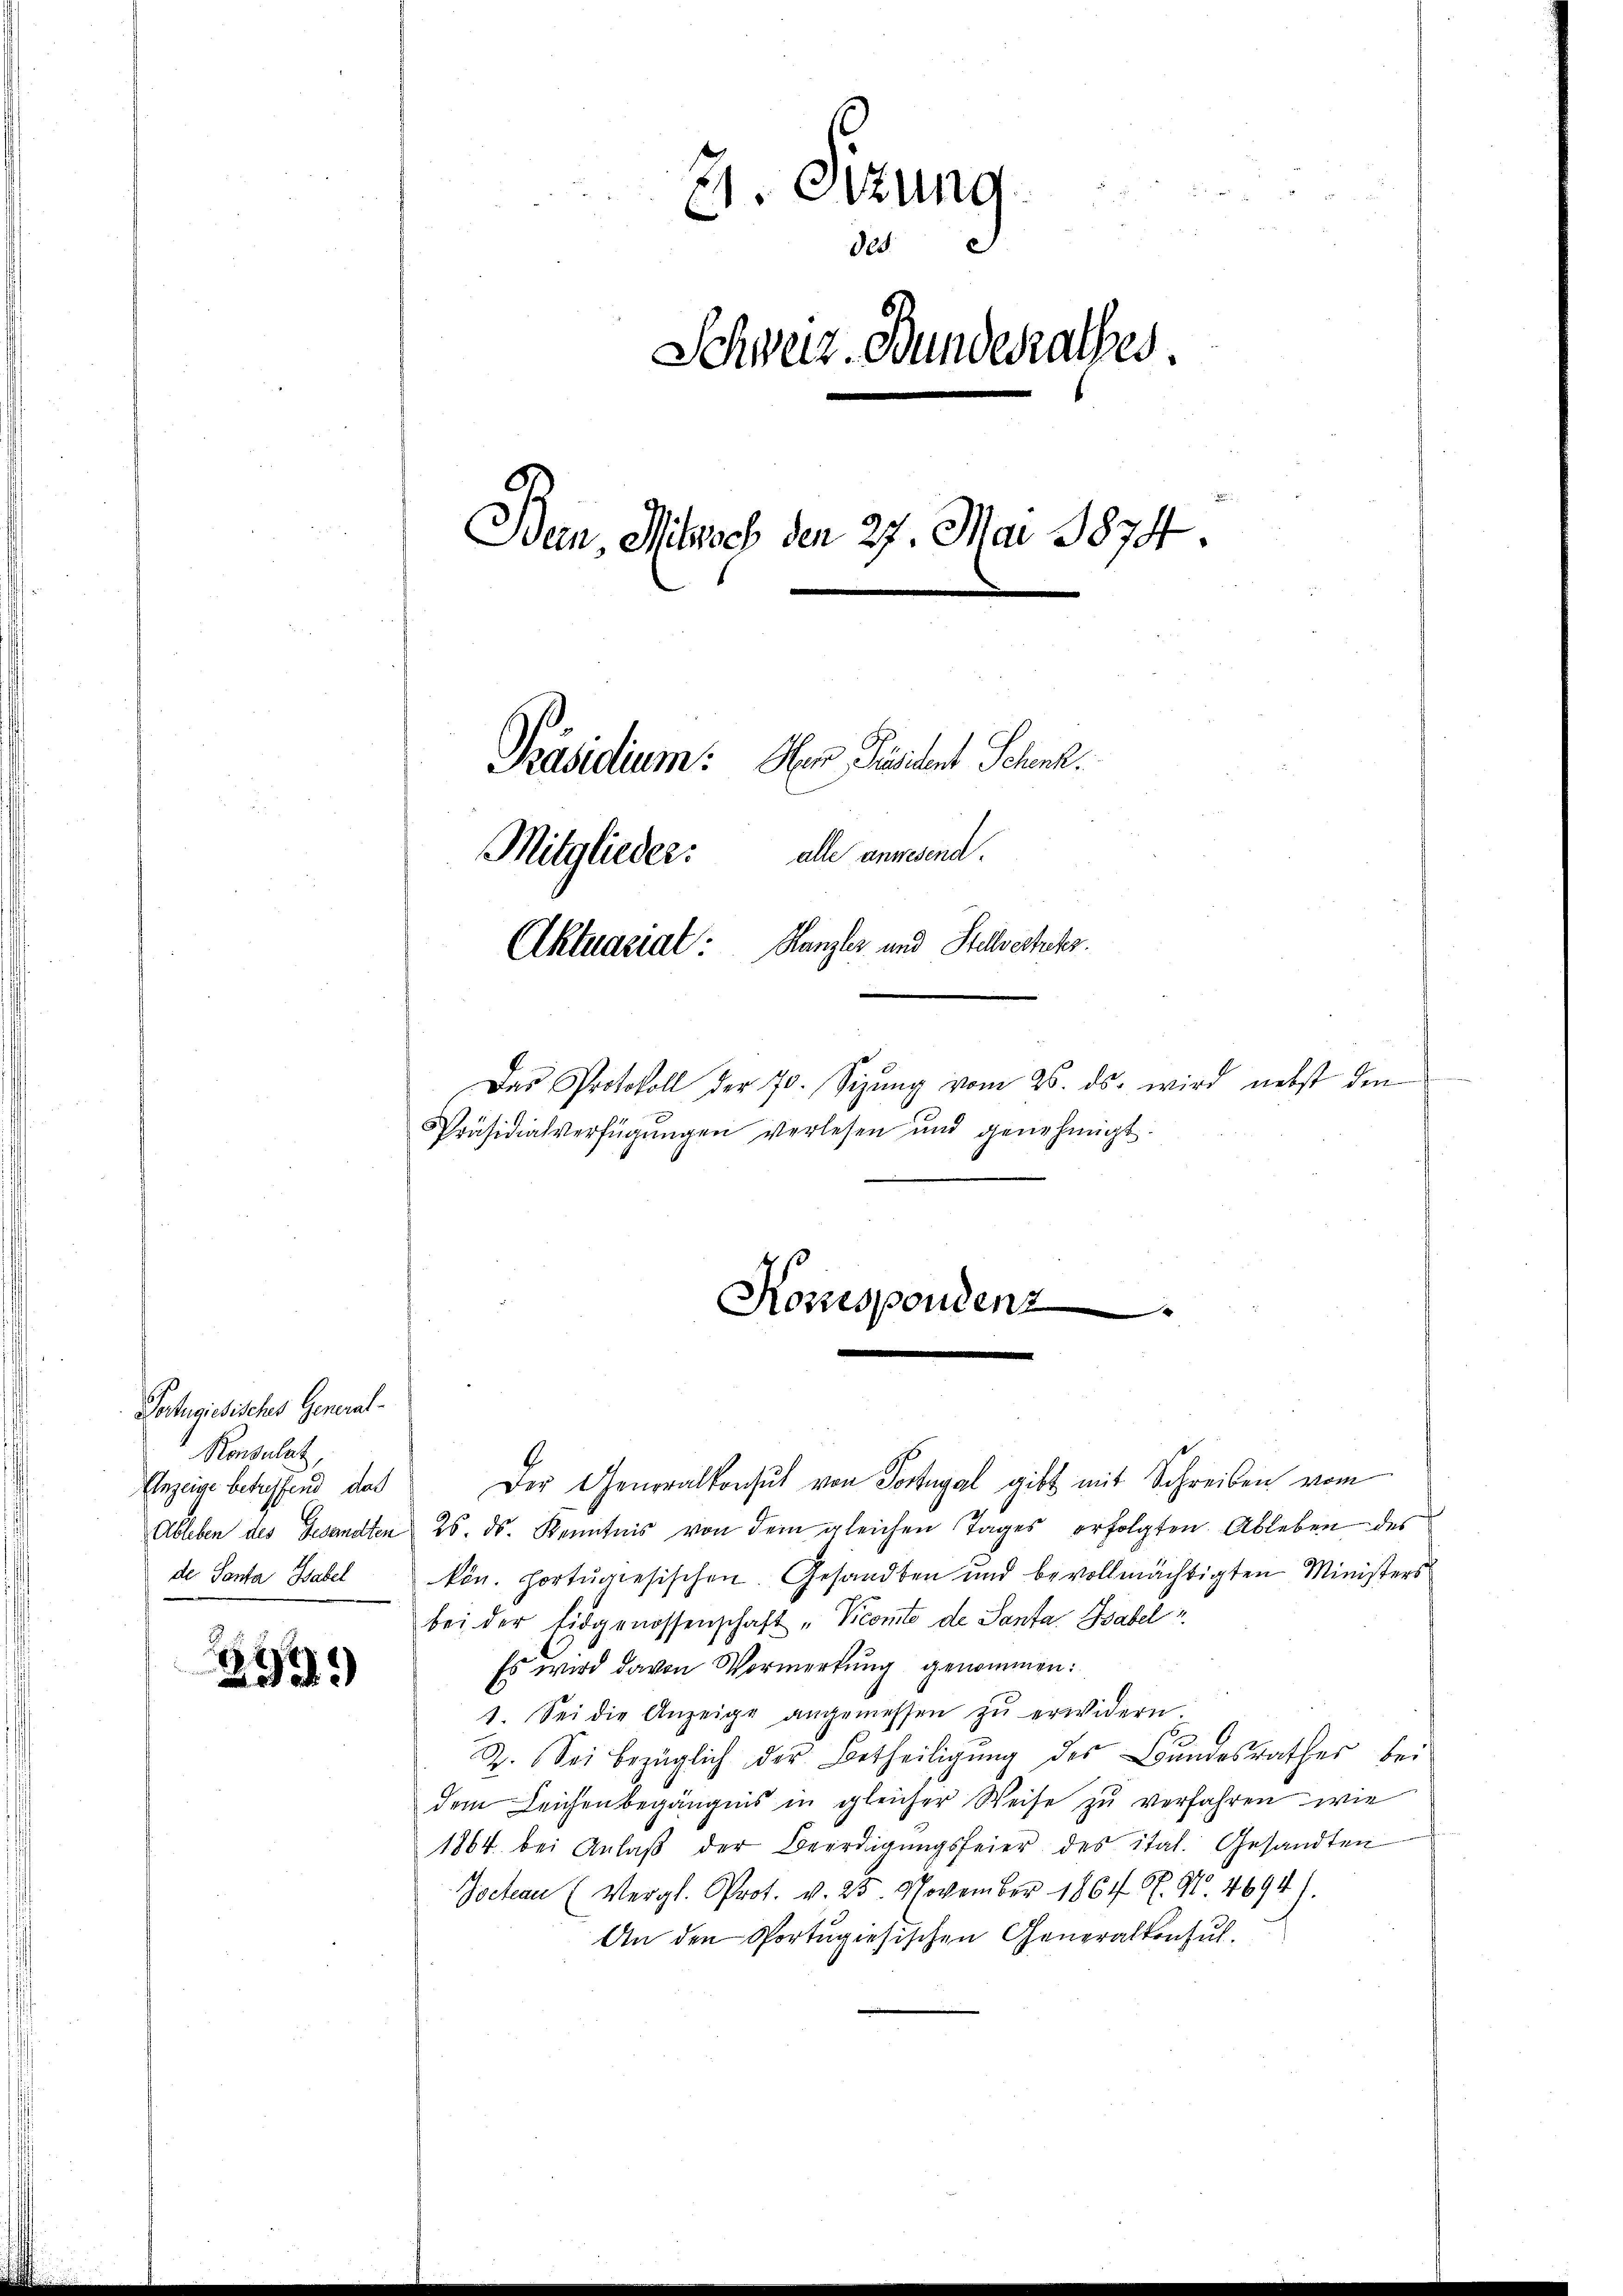
Portugisisches General-
Ronsulat,
Enzeige betreffend, das
de Santa Habel

25.

21. Sitzung
Schweiz. Bundesrathes.
Ban, Mitwoch den 27. Mai 1874.
Präsidium. Hen Präsident Schek.
Mitglieder: alle anwesend.
Aktuariat: Hanzles und Stelvertreter.
Das Protokoll der 70. Sizŭng vom 26. ds. wird nebst dem
Präsidialverfügungen verlesen und genehmigt.

Konespondenz

des

Der Generalkonsul von Portugal gibt mit Schreiben vom
Ableben des Gesandten 26. ds. Kenntnis von dem gleichen Tages erfolgten Ableben des
kön. Hortugisischen. Gesandten und bevollmächtigten Ministers
bei der Eidgenossenschaft „Vicomite de Santa Babel
Es wird davon Vormerkung genommen:
1. Sei die Anzeige angemessen zŭ erwidern.
i
Z. Sei bezüglich der Betheiligŭng des Bundesrathes bei
dem Leichenbegängnis in gleicher Weise zŭ verfahren wie
1864 bei Anlaß der Beerdigungsfeier des ital. Gesandten
Joctean (Vergl. Prot. v. 25. November 1864 f. No. 4694).
An den Portugisischen Generaltenhut.